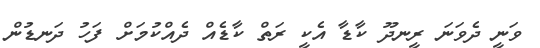
ވަނީ ދެވަނަ ރީނދޫ ކާޑާ އެކީ ރަތް ކާޑެއް ދެއްކުމަށް ފަހު ދަނޑުން